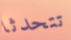
تتحدثا